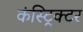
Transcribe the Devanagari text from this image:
कंस्ट्रिक्टर